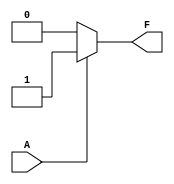
module kmap_single_variable (
    input wire A,      // Single variable input
    output wire F      // Output based on the K-map logic function
);

// Define the logic function based on the input variable A
// You can change the logic expression for F based on the K-map filling
assign F = (A == 1'b0) ? 1'b0 :  // F(0) = 0 when A = 0
           (A == 1'b1) ? 1'b1 :  // F(1) = 1 when A = 1
           1'bx;                // Undefined case (should not occur)

endmodule